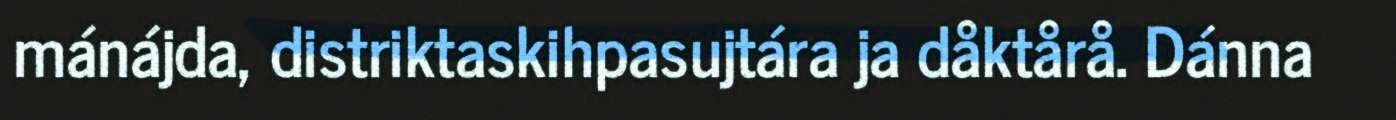
mánájda, distriktaskihpasujtára ja dåktårå. Dánna